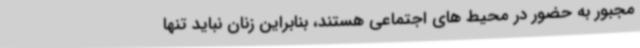
مجبور به حضور در محیط های اجتماعی هستند، بنابراین زنان نباید تنها